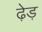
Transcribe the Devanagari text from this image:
ढ़ेड़